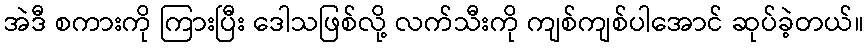
အဲဒီ စကားကို ကြားပြီး ဒေါသဖြစ်လို့ လက်သီးကို ကျစ်ကျစ်ပါအောင် ဆုပ်ခဲ့တယ်။